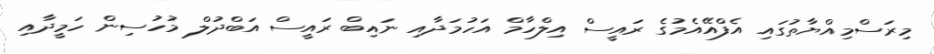
މިރަސްމިއްޔާތުގައި އެފްއޭއެމުގެ ރައީސް އިލްހާމް އަހުމަދާއި ނައިބް ރައީސް އަބްދުލް މުހުސިން ހަމީދާއި